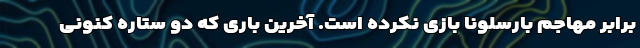
برابر مهاجم بارسلونا بازی نکرده است. آخرین باری که دو ستاره کنونی